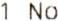
1 NO